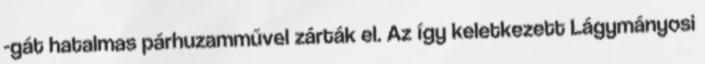
-gát hatalmas párhuzamművel zárták el. Az így keletkezett Lágymányosi